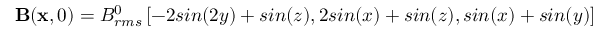
\mathbf { B } ( \mathbf { x } , 0 ) = B _ { r m s } ^ { 0 } \left[ - 2 s i n ( 2 y ) + s i n ( z ) , 2 s i n ( x ) + s i n ( z ) , s i n ( x ) + s i n ( y ) \right]